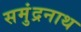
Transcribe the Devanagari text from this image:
समुंद्रनाथ